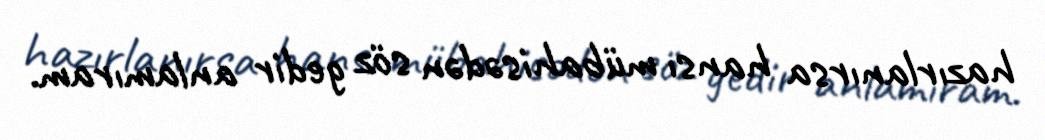
hazırlanırsa hansı mübahisədən söz gedir anlamıram.